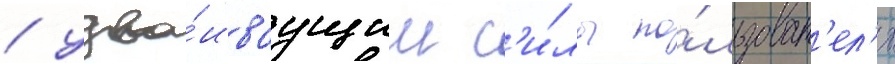
/ удва́иваущим с'и́лы по́льзоват'ел'я